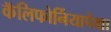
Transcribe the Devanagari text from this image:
कॅलिफोर्नियापेक्षा